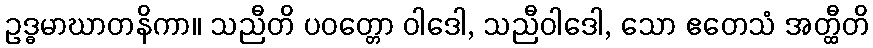
ဥဒ္ဓမာဃာတနိကာ။ သညီတိ ပဝတ္တော ဝါဒေါ, သညီဝါဒေါ, သော ဧတေသံ အတ္ထီတိ